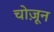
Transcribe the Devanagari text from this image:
चोज़ून